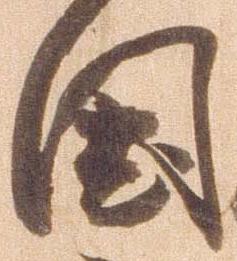
国